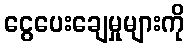
ငွေပေးချေမှုများကို